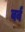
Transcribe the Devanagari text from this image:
वर्व